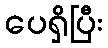
ပေရှိပြီး